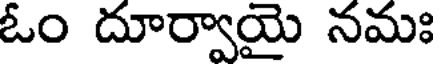
ఓం దూర్వాయై నమః